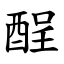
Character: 酲